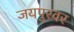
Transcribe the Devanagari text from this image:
जयपुरवर